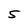
Character: 5